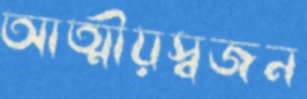
আত্মীয়স্বজন